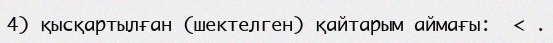
4) қысқартылған (шектелген) қайтарым аймағы:  < .